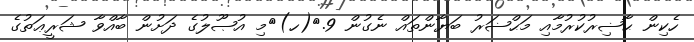
ހެކިން ޙާޟިރުކުރުމާއި މަޙްޟަރު ބަޔާންތައް ނެގުން 9.	(ހ)	މި އުޞޫލުގެ ދަށުން ބާއްވާ ޝަރީޢަތުގެ